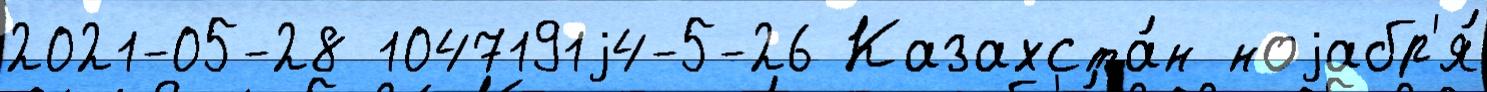
2021-05-28 1047191j4-5-26 Казахста́н ноjабр'я́